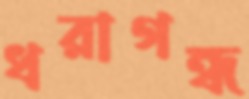
ধরাগন্ধ